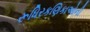
રૂધિરકણિકાઓની